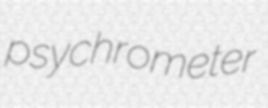
psychrometer